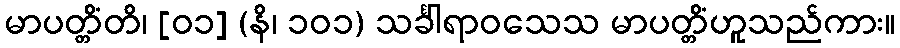
မာပတ္တိံတိ၊ [၀၁] (နိ၊ ၁၀၁) သင်္ခါရာဝသေသ မာပတ္တိံဟူသည်ကား။